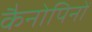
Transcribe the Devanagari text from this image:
कैनोपिनों